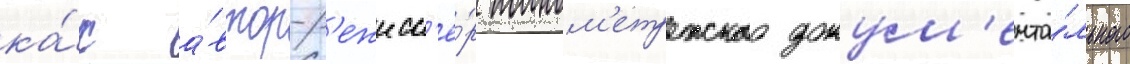
ка́к а́втор-р'ежисс'ё́р полном'етражного докум'ента́льного